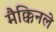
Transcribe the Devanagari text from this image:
मैक्किनले